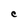
Character: C